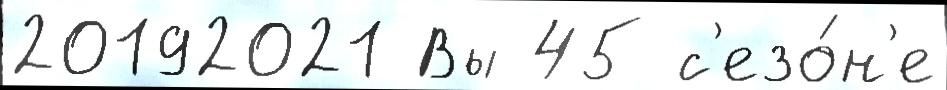
20192021 Вы 45 с'езо́н'е